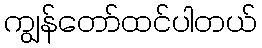
ကျွန်တော်ထင်ပါတယ်